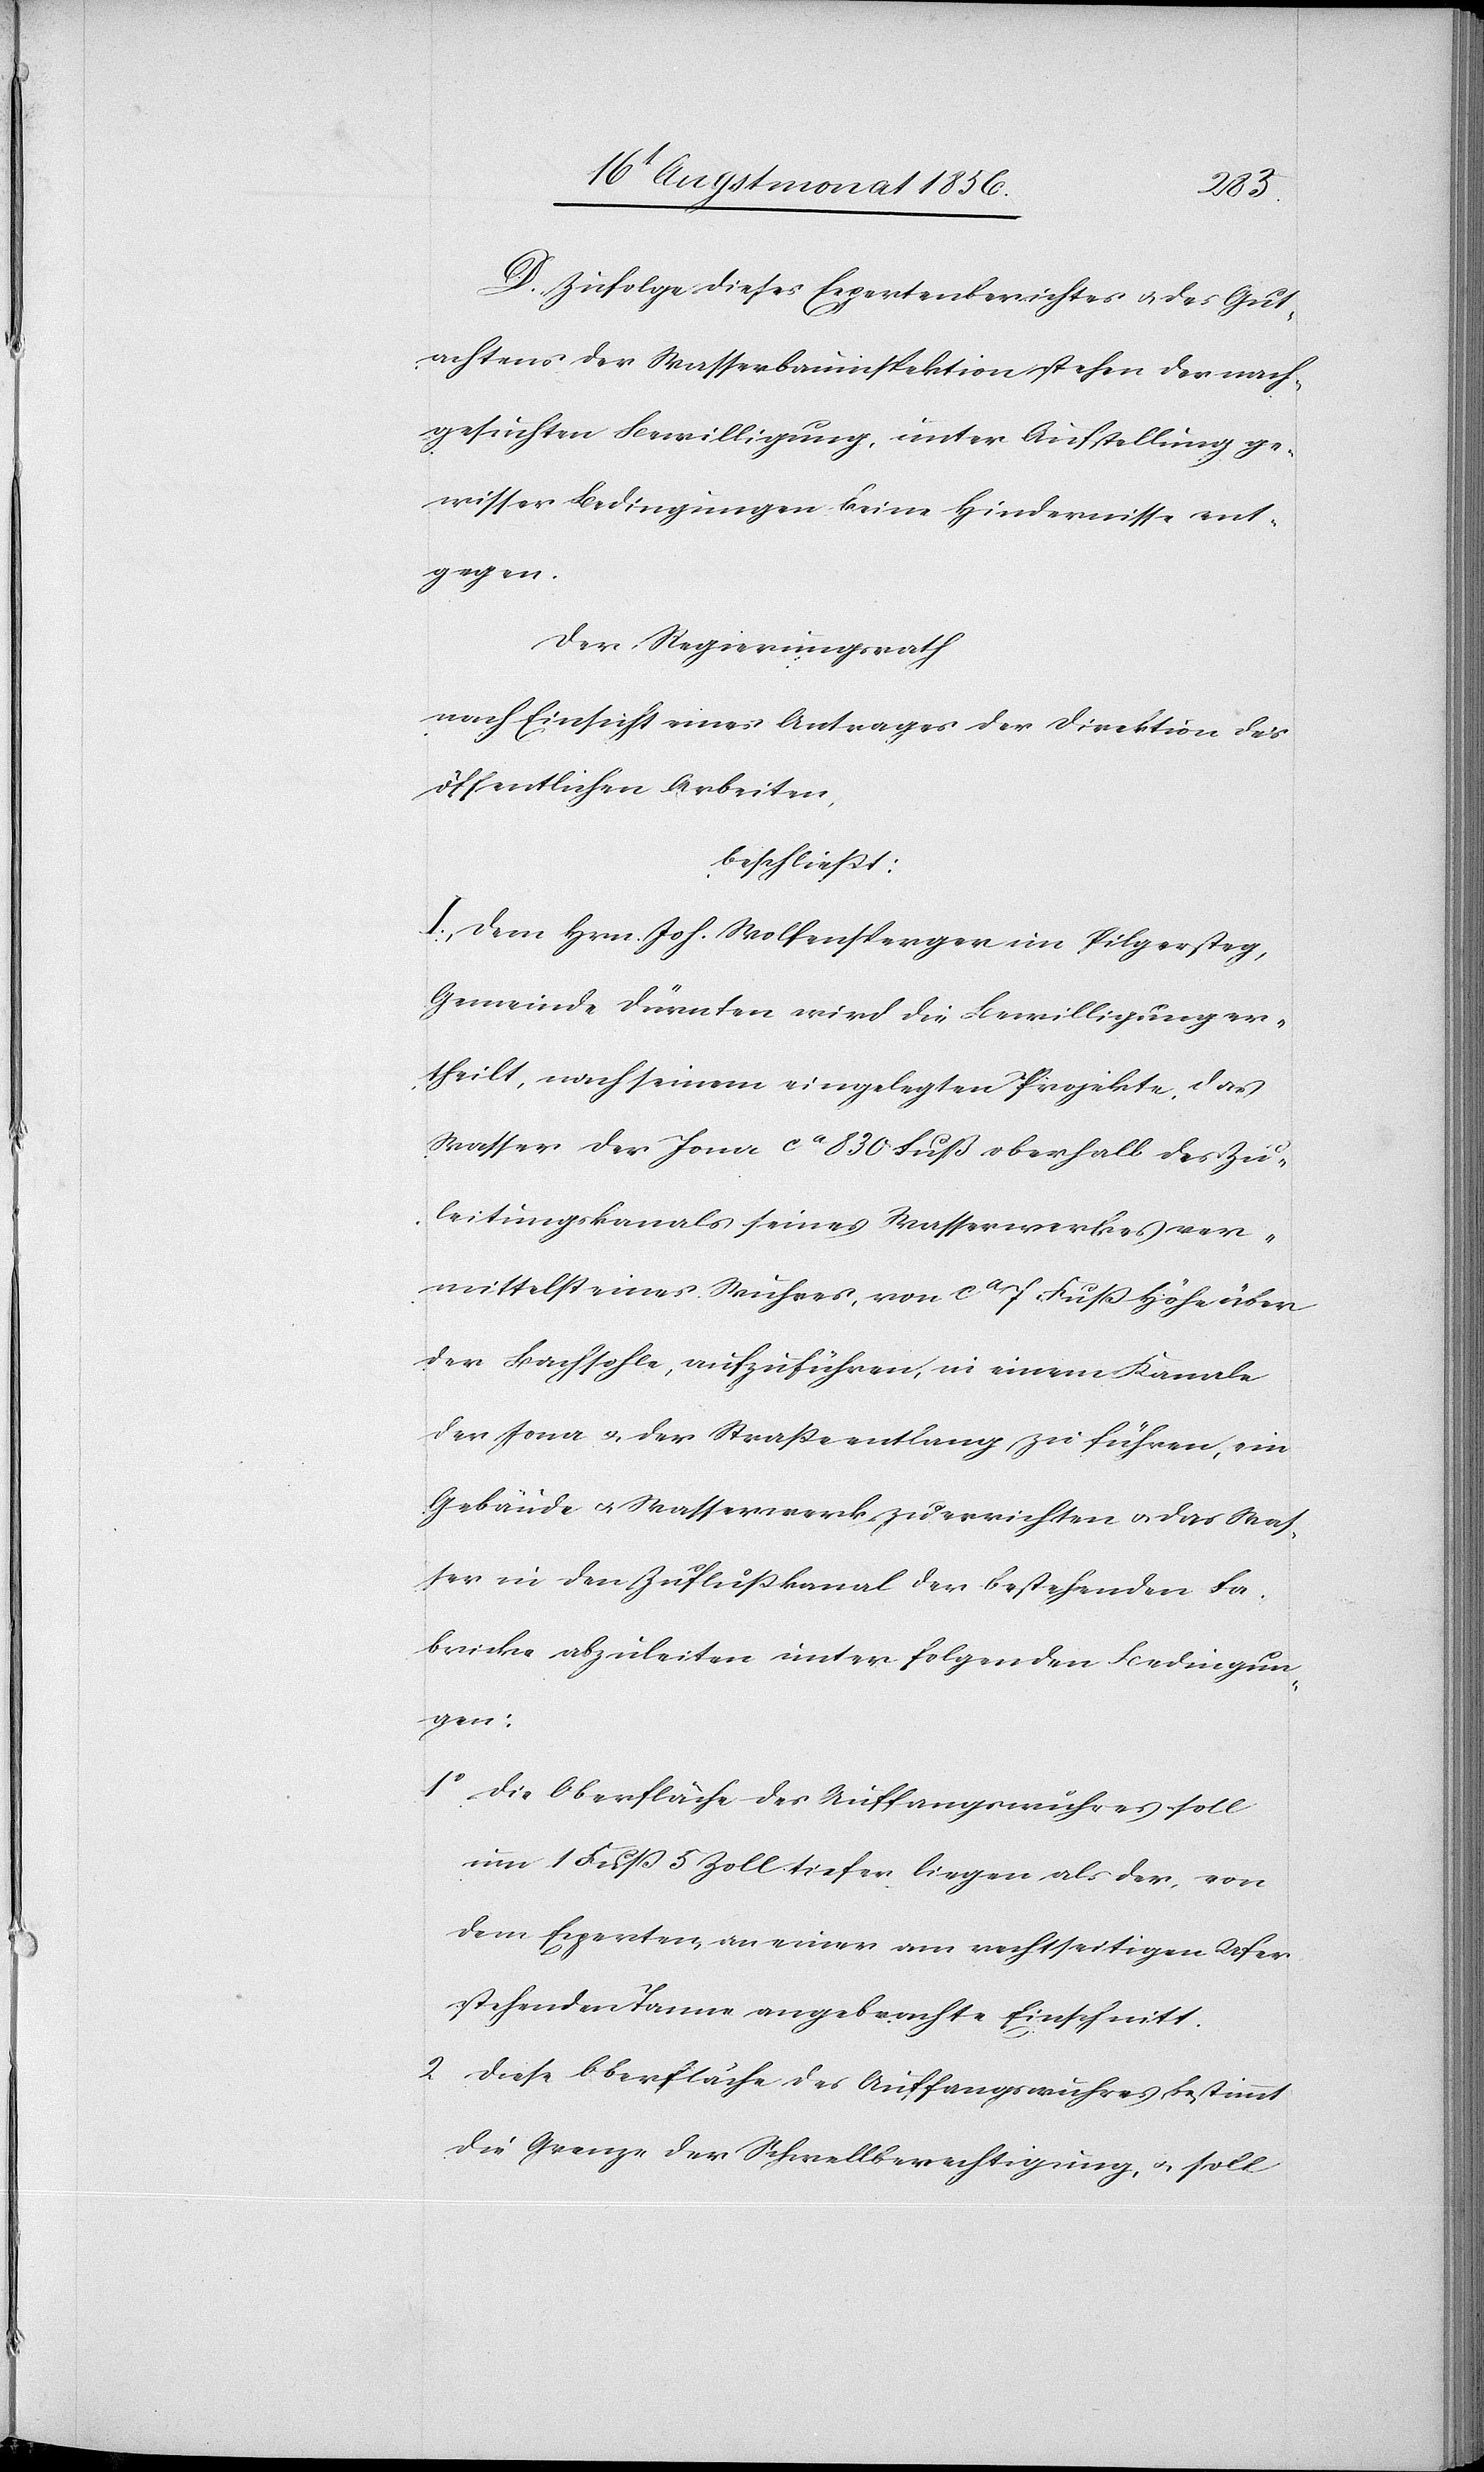
D. Zufolge dieses Expertenberichtes u. des Gut¬
achtens der Wasserbauinspektion stehen der nach¬
gesuchten Bewilligung, unter Aufstellung ge¬
wisser Bedingungen keine Hindernisse ent¬
gegen.
Der Regierungsrath
nach Einsicht eines Antrages der Direktion der
öffentlichen Arbeiten,
beschliesst:
I.) Dem Hrn. Joh. Wolfensperger im Pilgersteg,
Gemeinde Dürnten wird die Bewilligung er¬
theilt, nach seinem eingelegten Projekte, das
Wasser der Jona ca 830 Fuß oberhalb des Zu¬
leitungskanals seines Wasserwerkes ver¬
mittelst eines Wuhres, von ca 7 Fuss Höhe über
der Bachsohle, aufzuführen, in einem Kanale
der Jona u. der Strasse entlang zu führen, ein
Gebäude u. Wasserwerk zu errichten u. das Was¬
ser in den Zuflusskanal der bestehenden Fa¬
brike abzuleiten unter folgenden Bedingun¬
gen:
1.) Die Oberfläche des Auffangswuhres soll
um 1 Fuss 5 Zoll tiefer liegen als der, von
dem Experten, an einer am rechtseitigen Ufer
stehenden Tanne angebrachte Einschnitt.
2.) Diese Oberfläche des Auffangswuhres bestimmt
die Grenze der Schwellberechtigung, u. soll